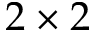
2 \times 2